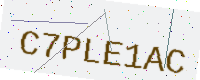
Text: C7PLE1AC